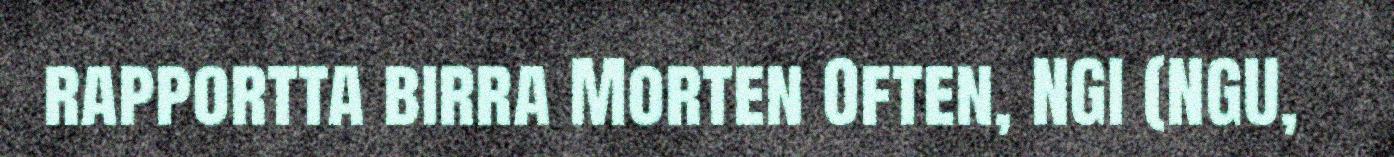
rapportta birra Morten Often, NGI (NGU,